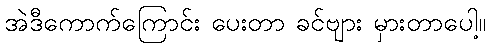
အဲဒီကောက်ကြောင်း ပေးတာ ခင်ဗျား မှားတာပေါ့။